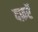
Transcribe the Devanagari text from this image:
दफ़रॅ